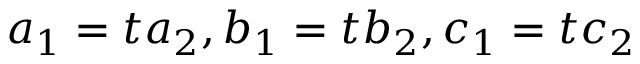
a _ { 1 } = t a _ { 2 } , b _ { 1 } = t b _ { 2 } , c _ { 1 } = t c _ { 2 }